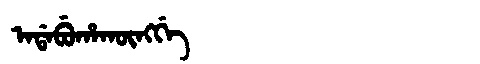
Manchu: ᠠᡩᠠᠪᡠᡥᠠᡴᡡᠩᡤᡝ
Romanization: ADABUHAKŪNGGE